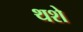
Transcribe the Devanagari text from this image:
थशे